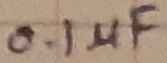
Text: 0.1µF